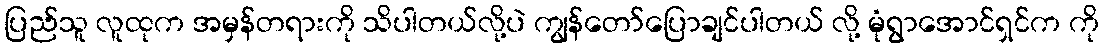
ပြည်သူ လူထုက အမှန်တရားကို သိပါတယ်လို့ပဲ ကျွန်တော်ပြောချင်ပါတယ် လို့ မုံရွာအောင်ရှင်က ကို